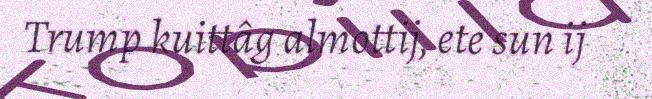
Trump kuittâg almottij, ete sun ij